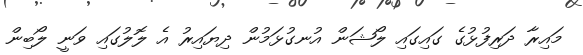
މައިރާ ދަރިފުޅުގެ ގައިގައި ލޯޝަން އުނގުޅަމުން ދިޔައިރު އެ ލޮލުގައި ވަނީ ލޯބިން